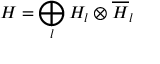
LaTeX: { \cal H } = \bigoplus _ { l } { \cal H } _ { l } \otimes \overline { { { \cal H } } } _ { l }